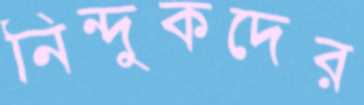
নিন্দুকদের